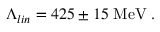
\Lambda _ { l i n } = 4 2 5 \pm 1 5 \; \mathrm { M e V } \; .